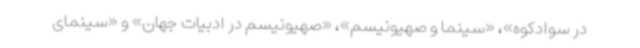
در سوادکوه»، «سینما و صهیونیسم»، «صهیونیسم در ادبیات جهان» و «سینمای